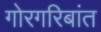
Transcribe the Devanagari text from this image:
गोरगरिबांत